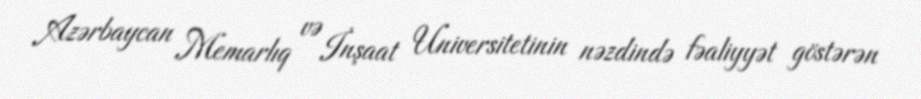
Azərbaycan Memarlıq və İnşaat Universitetinin nəzdində fəaliyyət göstərən